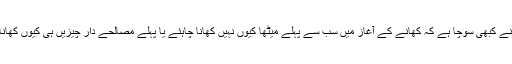
لیکن آپ نے کبھی سوچا ہے کہ کھانے کے آغاز میں سب سے پہلے میٹھا کیوں نہیں کھانا چاہئے یا پہلے مصالحے دار چیزیں ہی کیوں کھانا چاہیئے؟